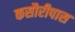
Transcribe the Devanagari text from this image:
कसौरीपास